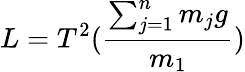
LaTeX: L=T^{2}(\frac{\sum_{j=1}^{n}m_{j}g}{m_{1}})